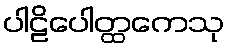
ပါဠိပေါတ္ထကေသု